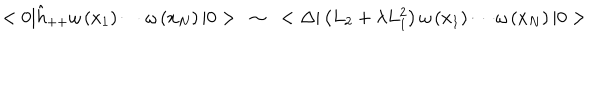
< 0 | \hat { h } _ { + + } \omega \left( x _ { 1 } \right) \cdots \omega \left( x _ { N } \right) | 0 > ~ \sim ~ < \Delta | \left( L _ { 2 } + \lambda L _ { 1 } ^ { 2 } \right) \omega \left( x _ { 1 } \right) \cdots \omega \left( x _ { N } \right) | 0 >